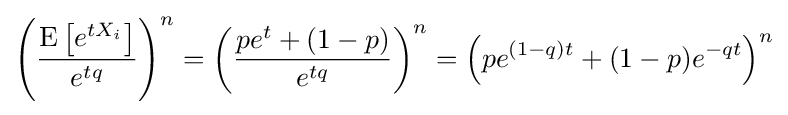
\left({\frac {\operatorname {E} \left[e^{tX_{i}}\right]}{e^{tq}}}\right)^{n}=\left({\frac {pe^{t}+(1-p)}{e^{tq}}}\right)^{n}=\left(pe^{(1-q)t}+(1-p)e^{-qt}\right)^{n}